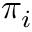
\boldsymbol { \pi } _ { i }